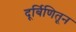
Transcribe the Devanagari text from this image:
दूर्बिणितून